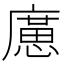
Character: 㢜